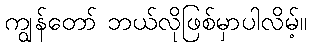
ကျွန်တော် ဘယ်လိုဖြစ်မှာပါလိမ့်။